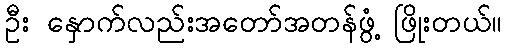
ဦး နှောက်လည်းအတော်အတန်ဖွံ့ ဖြိုးတယ်။